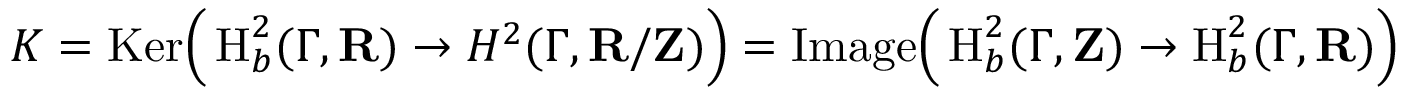
K = \mathrm { K e r } \Big ( \operatorname { H } _ { b } ^ { 2 } ( \Gamma , \ensuremath { \mathbf { R } } ) \to H ^ { 2 } ( \Gamma , \ensuremath { \mathbf { R } } / \ensuremath { \mathbf { Z } } ) \Big ) = \mathrm { I m a g e } \Big ( \operatorname { H } _ { b } ^ { 2 } ( \Gamma , \ensuremath { \mathbf { Z } } ) \to \operatorname { H } _ { b } ^ { 2 } ( \Gamma , \ensuremath { \mathbf { R } } ) \Big )